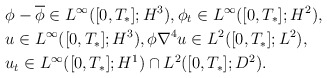
\begin{align*}& \phi-\overline{\phi} \in L^\infty([0,T_*];H^3), \phi_t \in L^\infty([0,T_*];H^2),\\& u\in L^\infty([0,T_*]; H^3), \phi \nabla^4 u\in L^2([0,T_*];L^2), \\& u_t \in L^\infty([0,T_*]; H^1)\cap L^2([0,T_*] ; D^2).\end{align*}